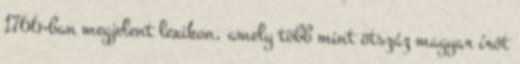
1766-ban megjelent lexikon, amely több mint ötszáz magyar írót